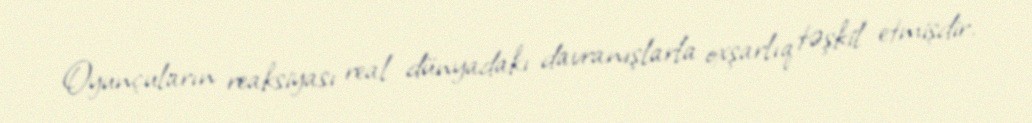
Oyunçuların reaksiyası real dünyadakı davranışlarla oxşarlıq təşkil etmişdir.